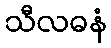
သီလဓနံ